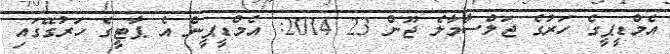
އެމްޑީޕީގެ ހަރުގެ ޖަލްސާމާލެ ޖޫން 23 2014: އެމްޑީޕީން އެ ޕާޓީގެ ހަރުގޭގައި